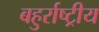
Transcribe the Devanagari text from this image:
बहुर्राष्ट्रीय